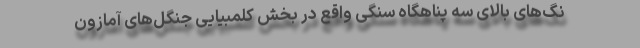
نگ‌های بالای سه پناهگاه سنگی واقع در بخش کلمبیایی جنگل‌های آمازون